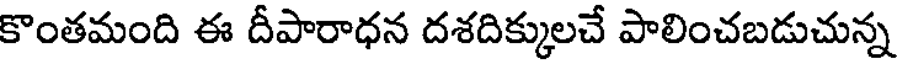
కొంతమంది ఈ దీపారాధన దశదిక్కులచే పాలించబడుచున్న